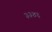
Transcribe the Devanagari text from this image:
३३४६